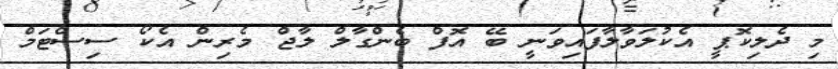
މި ދެލިކޮޕީ އެކުލަވާލާފައިވަނީ ބޭ އޮފް ބެންގާލް ލާޖް މެރިން އެކޯ ސިސްޓަމް